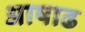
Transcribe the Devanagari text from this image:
अाषाढ